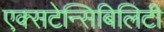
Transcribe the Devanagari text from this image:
एक्सटेन्सिबिलिटी